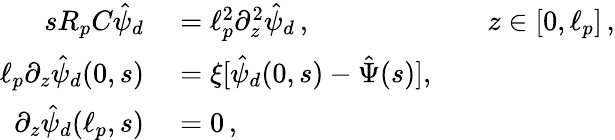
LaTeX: \begin{array}{rlrl}{sR_{p}C\hat{\psi}_{d}}&{{}=\ell_{p}^{2}\partial_{z}^{2}\hat{\psi}_{d}\, ,}&{}&{{}z\in[0,\ell_{p}]\, ,}\\ {\ell_{p}\partial_{z}\hat{\psi}_{d}(0,s)}&{{}=\xi[\hat{\psi}_{d}(0,s)-\hat{\Psi}(s)],}\\ {\partial_{z}\hat{\psi}_{d}(\ell_{p},s)}&{{}=0\, ,}\end{array}